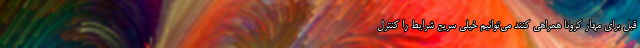
قبل برای مهار کرونا همراهی کنند می‌توانیم خیلی سریع شرایط را کنترل